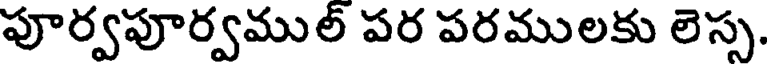
పూర్వపూర్వముల్ పర పరములకు లెస్స,